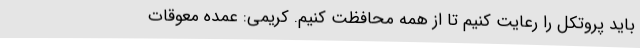
باید پروتکل را رعایت کنیم تا از همه محافظت کنیم. کریمی: عمده معوقات